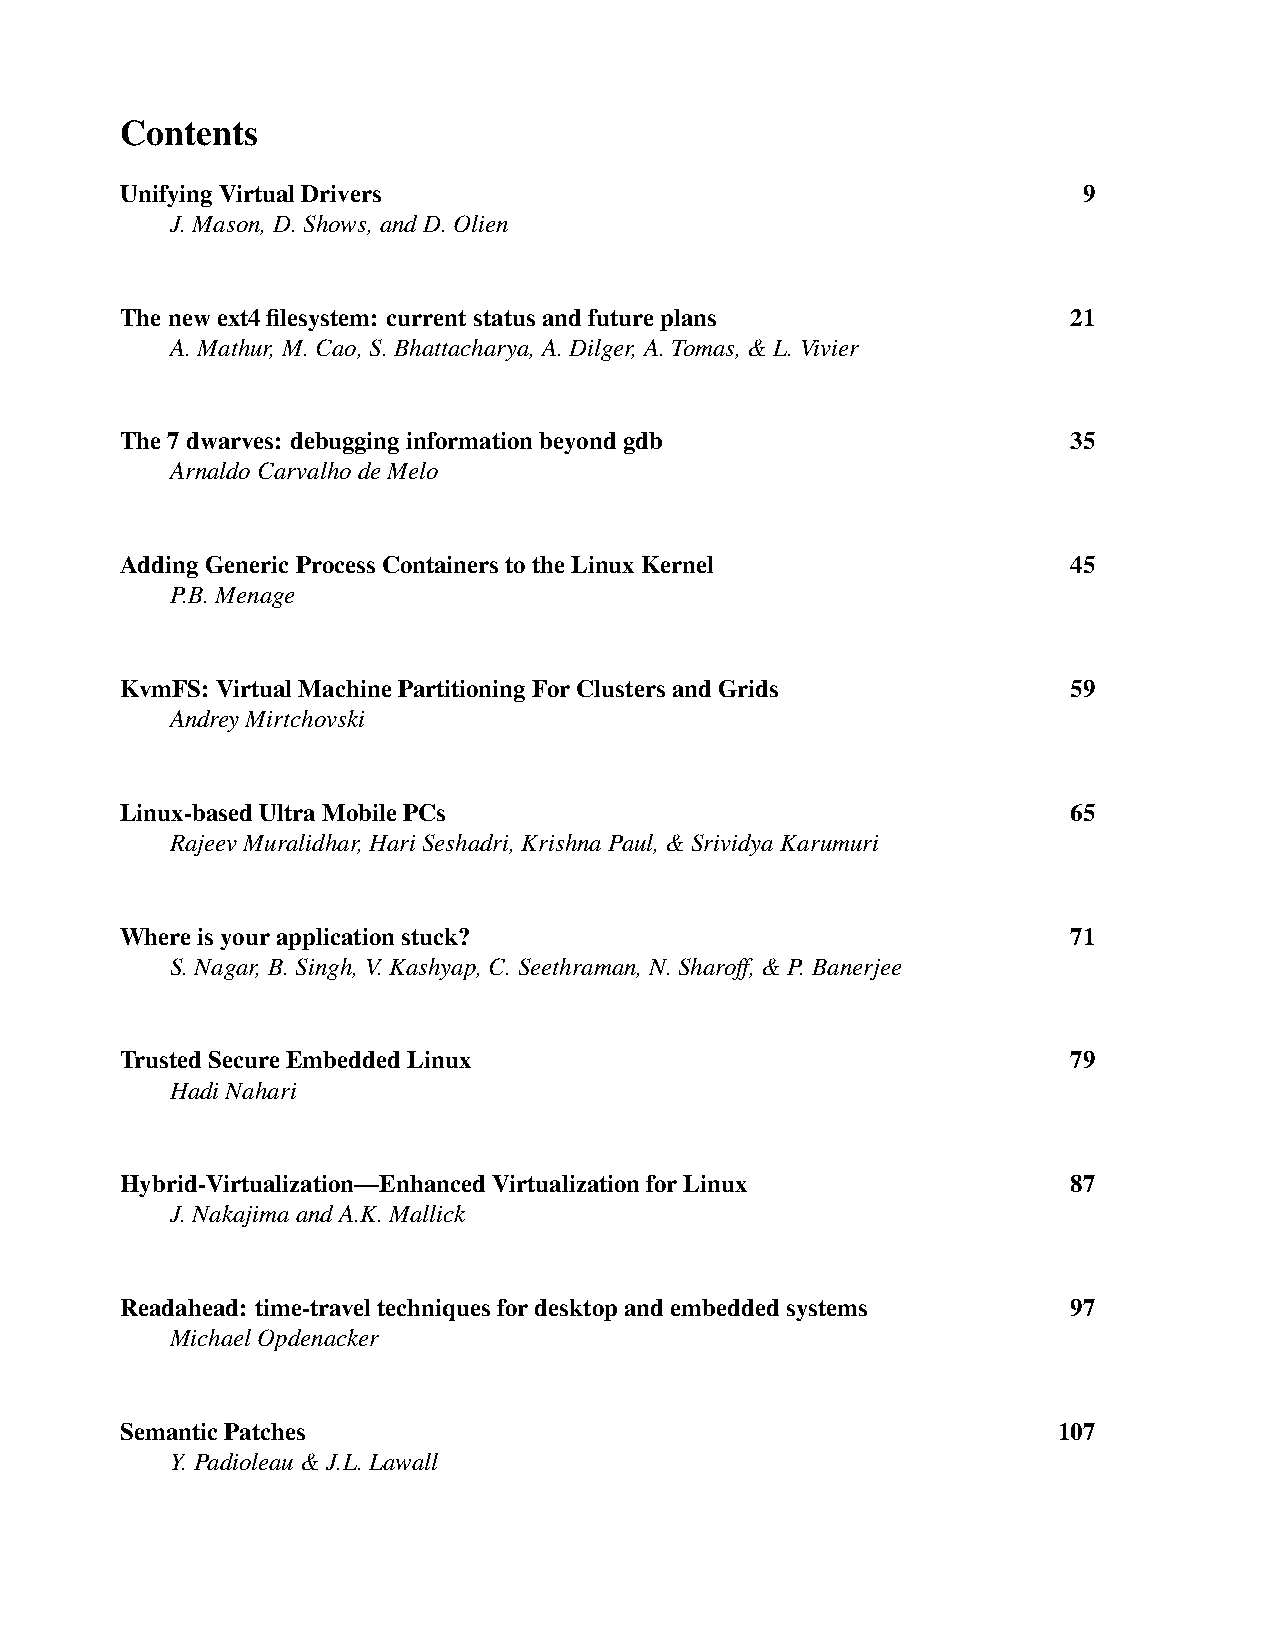
Contents
 UnifyingVirtualDrivers                                          9
 J.Mason,D.Shows,andD.Olien
 Thenewext4filesystem: currentstatusandfutureplans              21
 A.Mathur,M.Cao,S.Bhattacharya,A.Dilger,A.Tomas,&L.Vivier
 The7dwarves: debugginginformationbeyondgdb                     35
 ArnaldoCarvalhodeMelo
 AddingGenericProcessContainerstotheLinuxKernel                 45
 P.B.Menage
 KvmFS:VirtualMachinePartitioningForClustersandGrids            59
 AndreyMirtchovski
 Linux-basedUltraMobilePCs                                      65
 RajeevMuralidhar,HariSeshadri,KrishnaPaul,&SrividyaKarumuri
 Whereisyourapplicationstuck?                                   71
 S.Nagar,B.Singh,V.Kashyap,C.Seethraman,N.Sharoff,&P.Banerjee
 TrustedSecureEmbeddedLinux                                     79
 HadiNahari
 Hybrid-Virtualization—EnhancedVirtualizationforLinux           87
 J.NakajimaandA.K.Mallick
 Readahead: time-traveltechniquesfordesktopandembeddedsystems   97
 MichaelOpdenacker
 SemanticPatches                                               107
 Y.Padioleau&J.L.Lawall